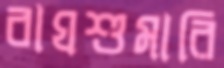
বাঘশুমারি